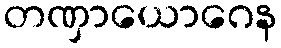
တဏှာယောဂေန